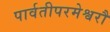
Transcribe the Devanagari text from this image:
पार्वतीपरमेश्वरौ